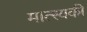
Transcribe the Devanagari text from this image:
मात्स्यकी